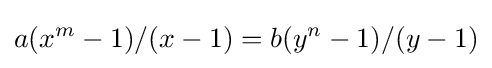
a(x^{m}-1)/(x-1)=b(y^{n}-1)/(y-1)